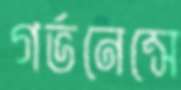
গর্ভনেন্সে